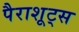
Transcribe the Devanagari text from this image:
पैराशूट्स